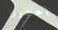
أحضرنا